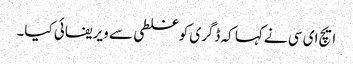
ایچ ای سی نے کہا کہ ڈگری کو غلطی سے ویریفائی کیا۔